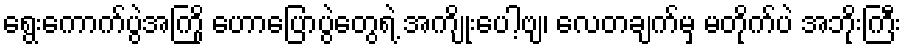
ရွေးကောက်ပွဲအကြို ဟောပြောပွဲတွေရဲ့ အကျိုးပေါ့ဗျ၊ လေတချက်မှ မတိုက်ပဲ အဘိုးကြီး